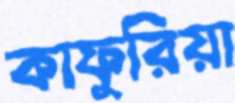
কাফুরিয়া